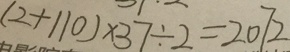
( 2 + 1 1 0 ) \times 3 7 \div 2 = 2 0 7 2